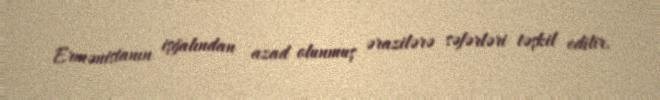
Ermənistanın işğalından azad olunmuş ərazilərə səfərləri təşkil edilir.